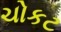
ચોકટ